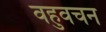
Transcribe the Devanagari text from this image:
वहुवचन